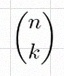
\binom{n}{k}